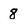
Character: 8